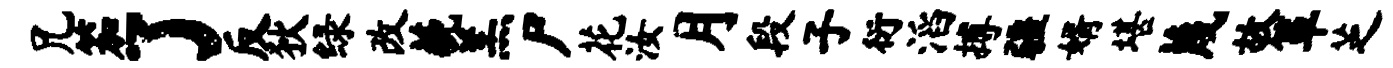
兄笳了反狄绿改藐羔尸花汝月段子衍滔搏疆婿堪蔑故箪芝